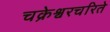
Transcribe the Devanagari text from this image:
चक्रेश्वरचरिते